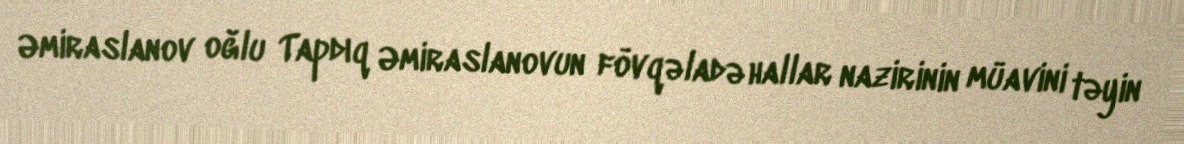
Əmiraslanov oğlu Tapdıq Əmiraslanovun fövqəladə hallar nazirinin müavini təyin